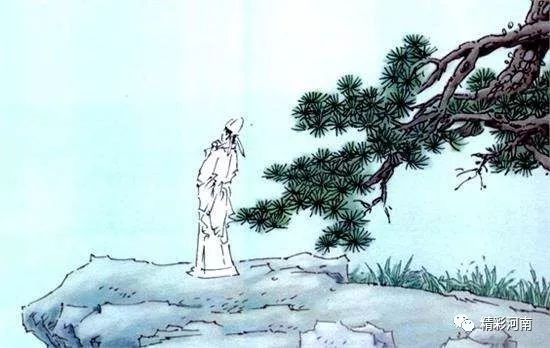
登高望蓬流，想象金银台。